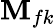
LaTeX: \textbf{M}_{fk}